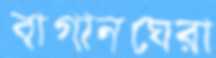
বাগানঘেরা